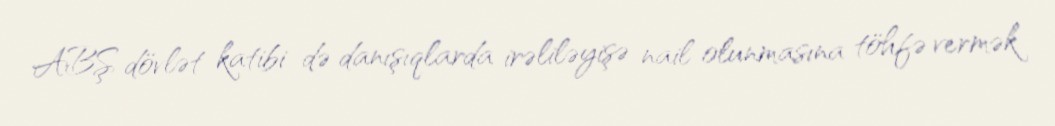
ABŞ dövlət katibi də danışıqlarda irəliləyişə nail olunmasına töhfə vermək